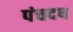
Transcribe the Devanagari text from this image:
पंचदष